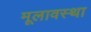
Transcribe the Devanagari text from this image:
मूलावस्था